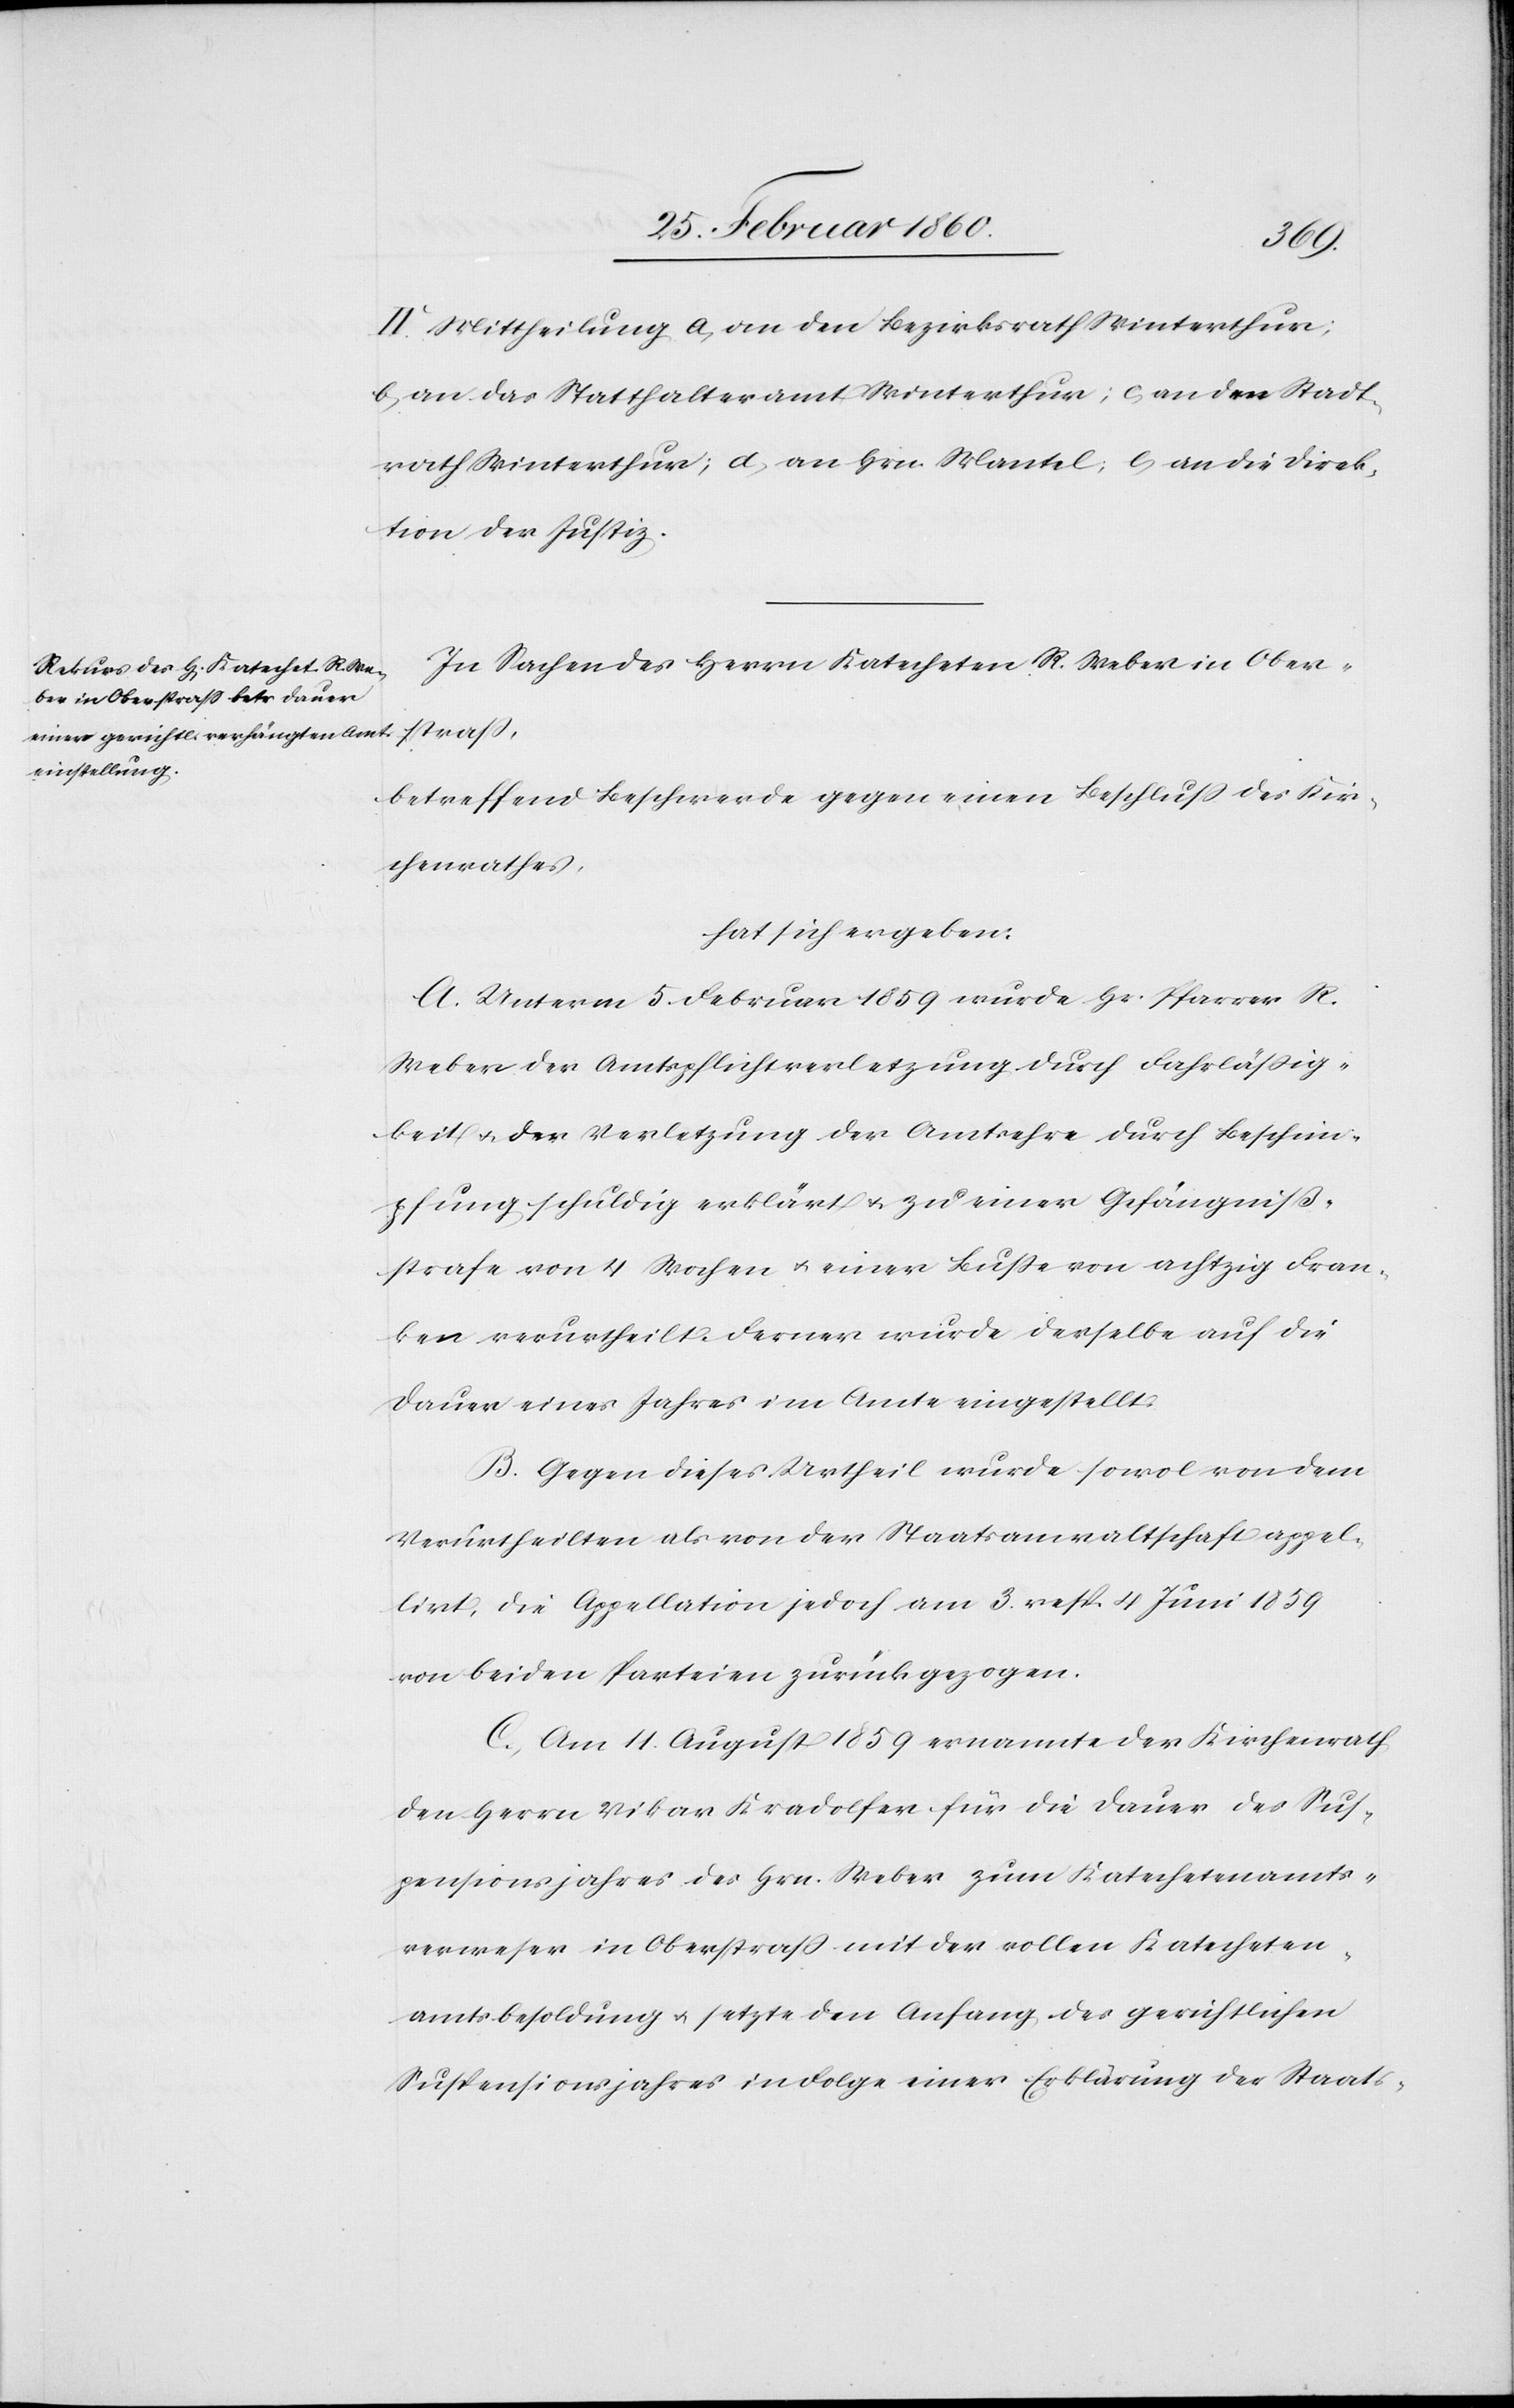
IV. Mittheilung a. an den Bezirksrath Winterthur:
b. an das Statthalteramt Winterthur; c. an den Stadt¬
rath Winterthur; d. an Hrn. Mantel; e. an die Direk¬
tion der Justiz.
In Sachen des Herrn Katecheten R. Weber in Ober¬
strass,
betreffend Beschwerde gegen einen Beschluß des Kir¬
chenrathes,
hat sich ergeben:
A. Unterm 5. Februar 1859 wurde Hs. Pfarrer R.
Weber der Amtspflichtsverletzung durch Fahrlässig¬
keit u. der Verletzung der Amtsehre durch Beschim¬
pfung schuldig erklärt u. zu einer Gefängniß¬
strafe von 4 Wochen u. einer Busse von achtzig Fran¬
ken verurtheilt. Ferner wurde derselbe auf die
Dauer eines Jahres im Amte eingestellt.
B. Gegen dieses Urtheil wurde sowol von dem
Verurtheilten als von der Staatsanwaltschaft appel¬
lirt, die Appellation jedoch am 3. resp. 4. Juni 1859
von beiden Parteien zurückgezogen.
C. Am 11. August 1859 ernannte der Kirchenrath
den Herrn Vikar Kradolfer für die Dauer des Sus¬
pensionsjahres des Hrn. Weber zum Katechetenamts¬
verweser in Oberstrass mit der vollen Katecheten¬
amtsbesoldung u. setzte den Anfang des gerichtlichen
Suspensionsjahres in Folge einer Erklärung des Staats-